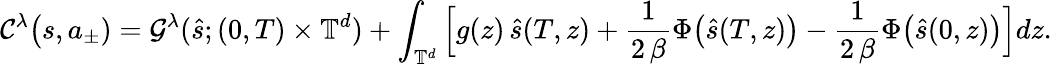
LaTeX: \mathcal{C}^{\lambda}\big({s},{a}_{\pm})=\mathcal{G}^{\lambda}(\hat{s};(0,T)\times\mathbb{T}^{d})+\int_{\mathbb{T}^{d}}\Big[g(z)\, \hat{s}(T,z)+\frac{1}{2\, \beta}\Phi\big(\hat{s}(T,z)\big)-\frac{1}{2\, \beta}\Phi\big(\hat{s}(0,z)\big)\Big]dz.